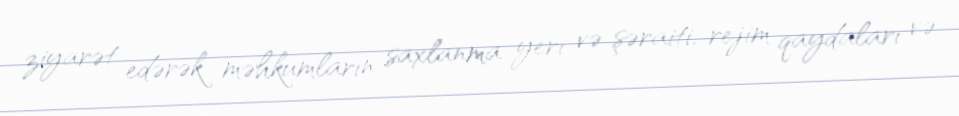
ziyarət edərək məhkumların saxlanma yeri və şəraiti, rejim qaydaları və